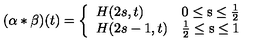
( \alpha \ast \beta ) ( t ) = \left\{ \begin{array} { l l } { H ( 2 s , t ) } & { \mathrm { 0 \leq s \leq { \frac { 1 } { 2 } } } } \\ { H ( 2 s - 1 , t ) } & { \mathrm { { \frac { 1 } { 2 } } \leq s \leq 1 } } \\ \end{array} \right.